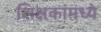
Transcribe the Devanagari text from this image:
शिक्षकांमध्ये